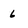
Character: 6